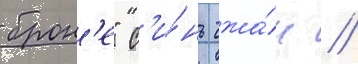
брон'е" с'и́нь чжа́н /